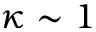
\kappa \sim 1